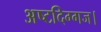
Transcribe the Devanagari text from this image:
अष्टदिग्गज।